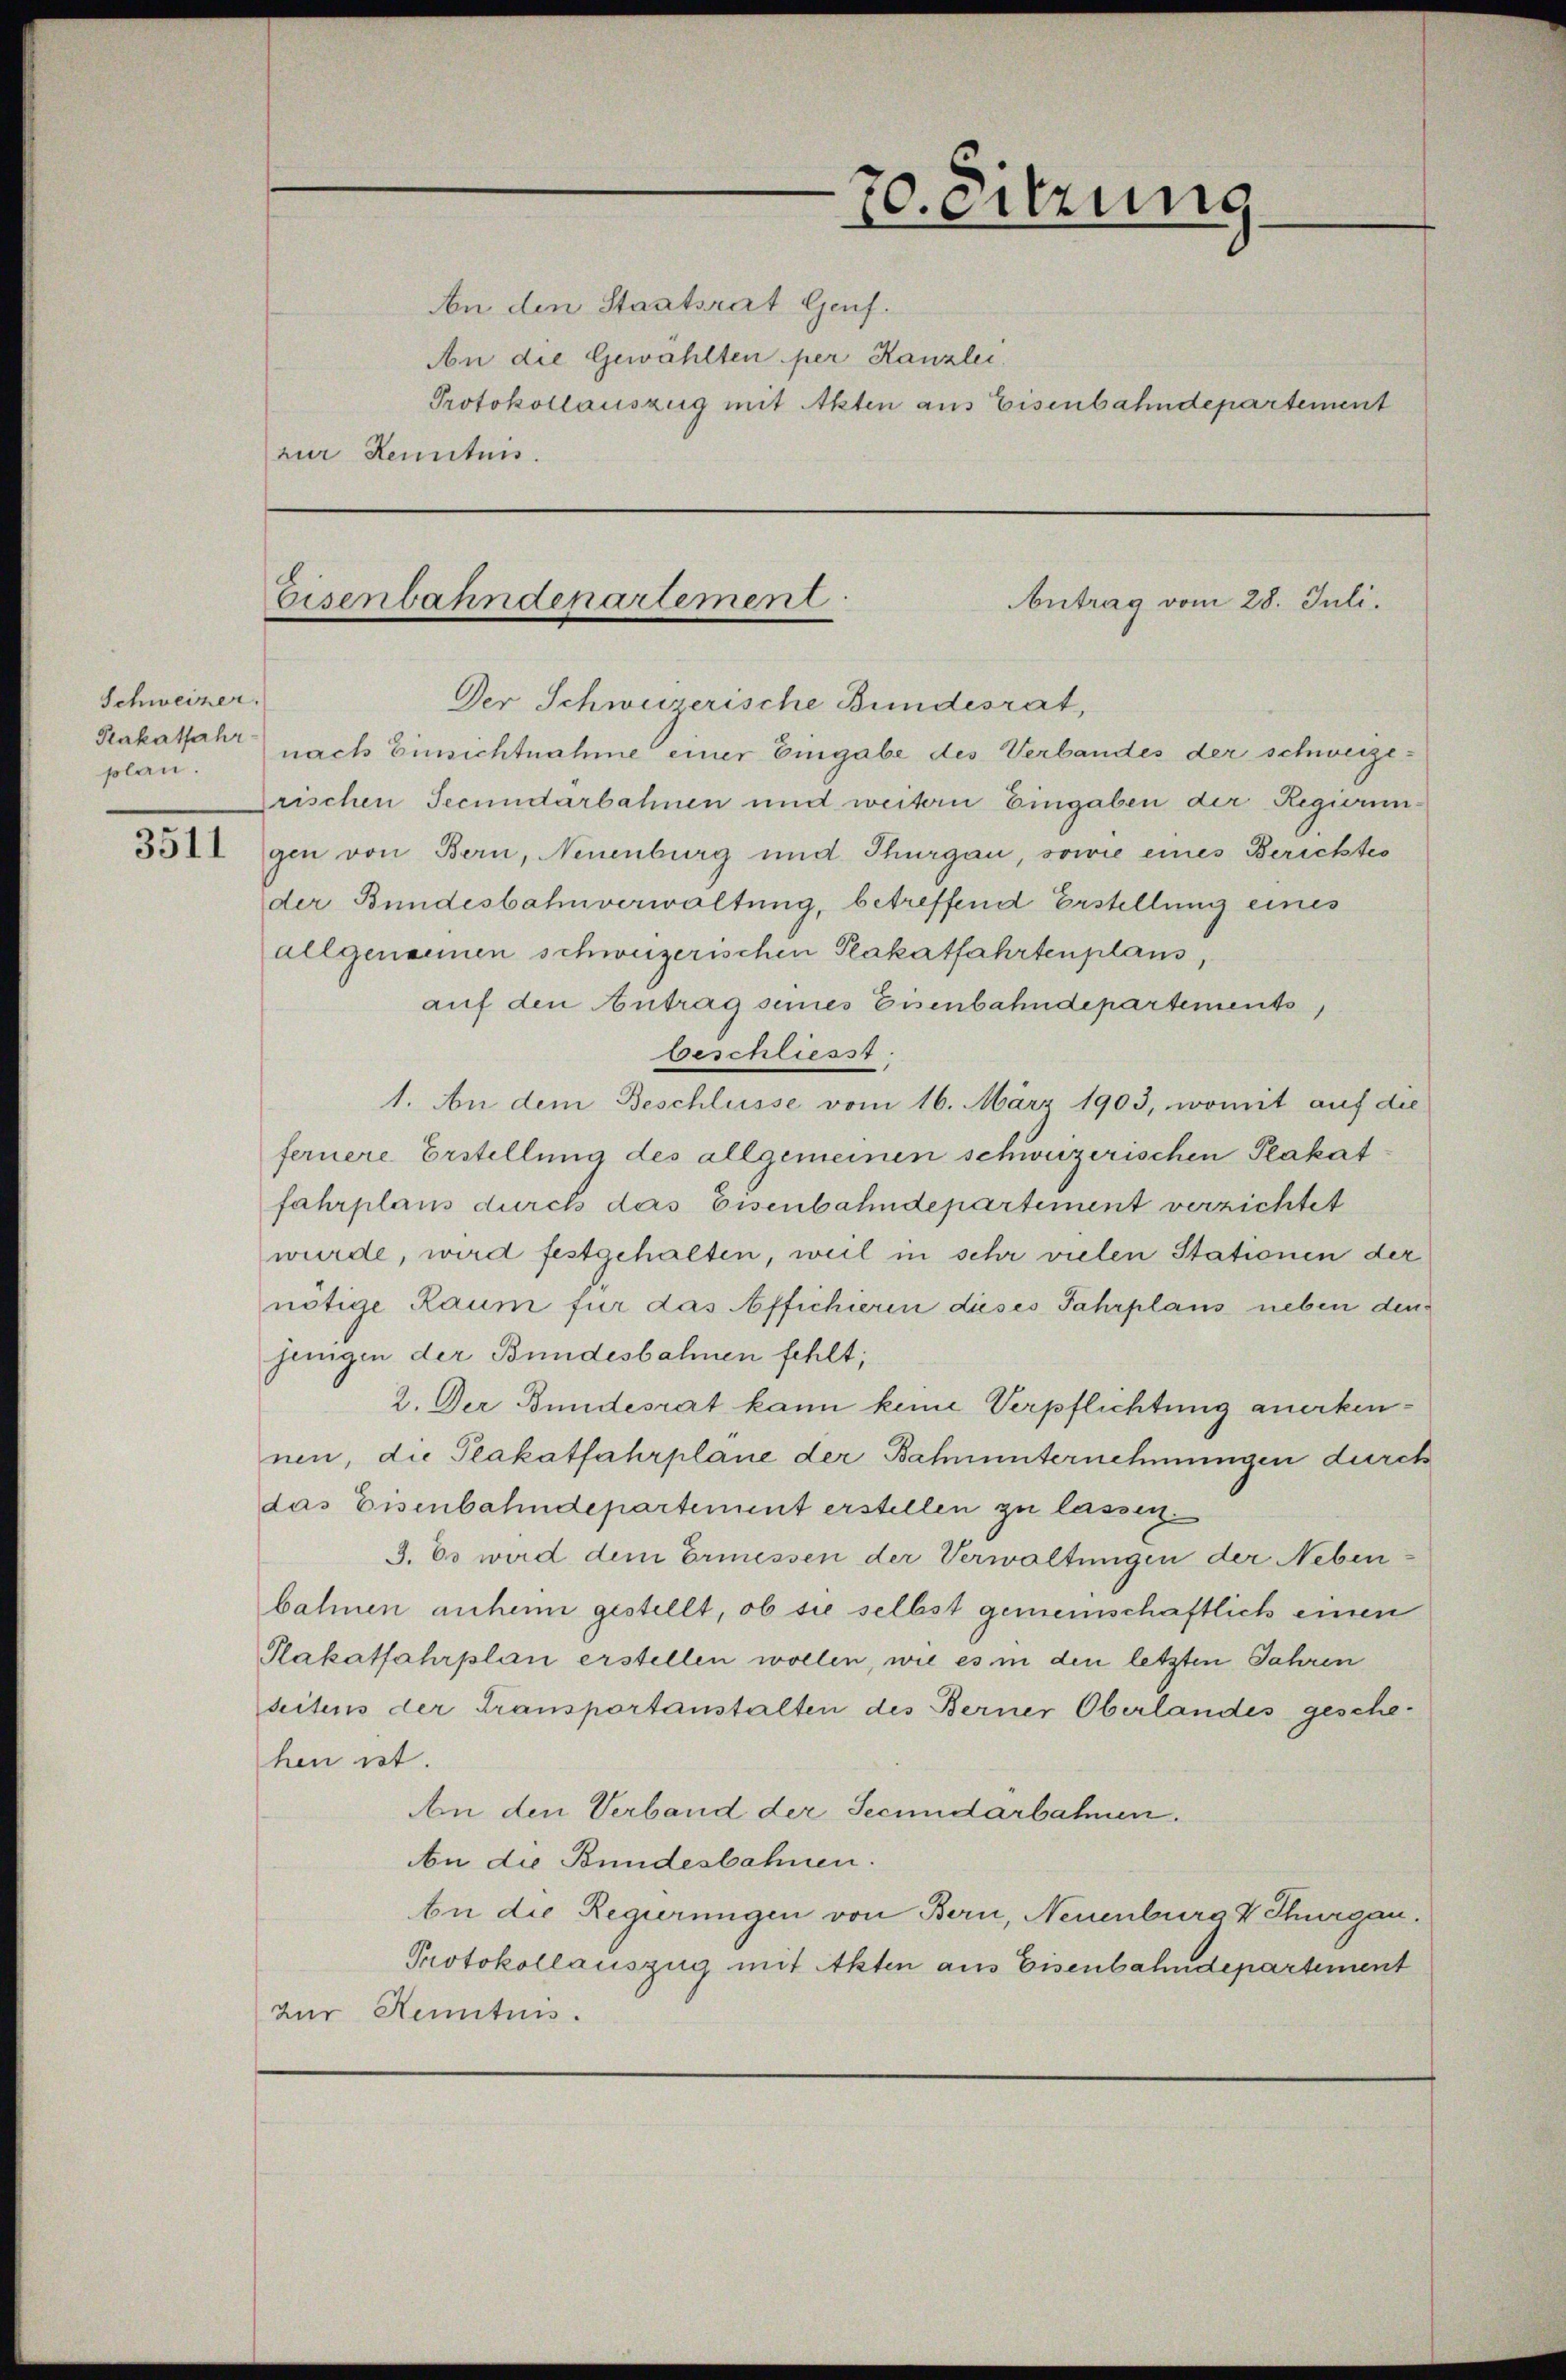
Schweizer.
Pakalfahr-
plan.

70. eitzung

An den Staatsrat Genf.
An die Gewählten per Kanzlei.
Protokollauszug mit Akten aus Eisenbahndepartement
zur Kenntnis.

Eisenbahndenartement

Antrag vom 28. Juli.

Der Schweizerische Bundesrat,
nach Einsichtnahme einer Eingabe des Verbandes der schweizerischen Secundärbahnen und weitern Eingaben der Regierun-
35 gen von Bern, Neuenburg und Thurgau, sowie eines Berichtes
der Bundesbahnverwaltung, betreffend Erstellung eines
allgenommen schweizerischen Plakatfahrtenplans,
auf den Antrag seines Eisenbahndepartements
Beschliesst.
1. An dem Beschlüsse vom 16. März 1903, womit auf die
fernere Erstellung des allgemeinen schweizerischen Plakatfahrplans durch das Eisenbahndepartement verzichtet
wurde, wird festgehalten, weil in sehr vielen Stationen der
nötige Raum für das Affichieren dieses Fahrplans neben den
jungen der Bundesbahnen fehlt;
2. Der Bundesrat kann keine Verpflichtung anerkennen, die Plakatfahrplane der Bahnunternehmungen durch
das Eisenbahndepartement erstellen zu lassen.
3. Es wird dem Ermessen der Verwaltungen der Neben
bahnen anheim gestellt, ob sie selbst gemeinschaftlich einen
Plakatfahrplan erstellen wollen, wie es in den letzten Jahren
seitens der Transportanstalten des Berner Oberlandes gesche-
hen ist.
An den Verband der Secundarbahnen.
An die Bundesbahnen.
An die Regierungen von Bern, Neuenburg V Thurgau.
Protokollauszug mit Akten aus Eisenbahndepartement
zur Kenntnis.